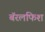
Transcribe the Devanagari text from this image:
बॅरलफिश